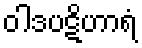
ဝါဒပဋိဟာရံ